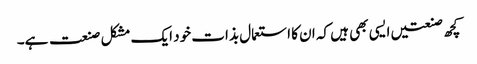
کچھ صنعتیں ایسی بھی ہیں کہ ان کا استعمال بذات خود ایک مشکل صنعت ہے۔